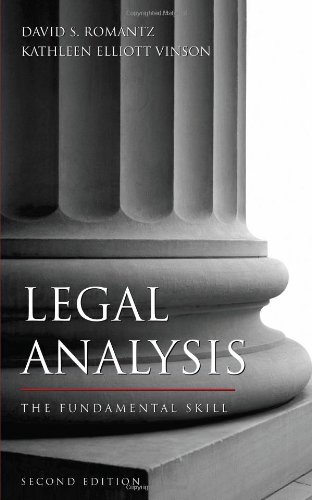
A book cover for Legal Analysis: The Fundamental Skill; David S. Romantz; Law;